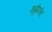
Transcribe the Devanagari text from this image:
भूईकोट